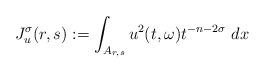
LaTeX: \begin{align*} J^{\sigma}_u(r, s):= \int_{A_{r, s}} u^2(t, \omega)t^{-n-2\sigma}\ dx \end{align*}